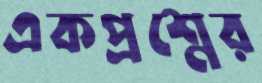
একপ্রশ্নের